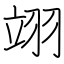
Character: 翊